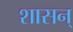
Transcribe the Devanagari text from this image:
शासन्